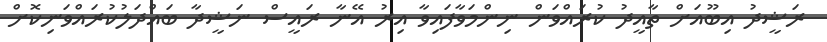
ރަޝީދު އިބޫއަށް ތާއީދު ކުރައްވަން ނިންމަވާފައިވާ އިރު އޭނާ ރައީސް ނަޝީދާ ބައްދަލުކުރައްވަނިކޮށް